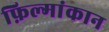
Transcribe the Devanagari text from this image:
फ़िल्मांकान